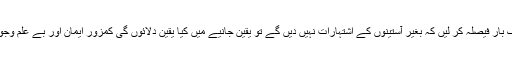
آپ ایک بار فیصلہ کر لیں کہ بغیر آستینوں کے اشتہارات نہیں دیں گے تو یقین جانیے میں کیا یقین دلائوں گی کمزور ایمان اور بے علم وجود میرا۔